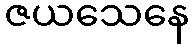
ဇယသေနေ